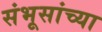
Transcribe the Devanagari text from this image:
संभूसांच्या